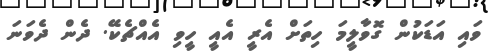
ވައި އަޑަކުން ގޮވާލީމަ ހިތަށް އެރީ އެއީ ހީވި އެއްޗެކޭ. ދެން ދެވަނަ